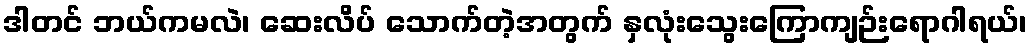
ဒါတင် ဘယ်ကမလဲ၊ ဆေးလိပ် သောက်တဲ့အတွက် နှလုံးသွေးကြောကျဉ်းရောဂါရယ်၊